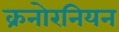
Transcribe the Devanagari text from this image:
क्रनोरनियन